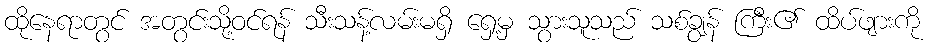
ထိုနေရာတွင် အတွင်းသို့ဝင်ရန် သီးသန့်လမ်းမရှိ ရှေ့မှ သွားသူသည် သစ်ချွန် ကြီး၏ ထိပ်ဖျားကို